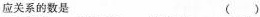
应关系的数是 ( )